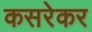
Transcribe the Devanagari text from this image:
कसरेकर